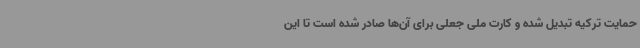
حمایت ترکیه تبدیل شده و کارت ملی جعلی برای آن‌ها صادر شده است تا این